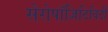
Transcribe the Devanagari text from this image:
सेरोपॉज़िटिविटी